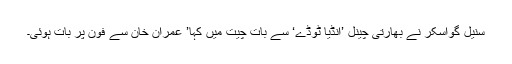
سنیل گواسکر نے بھارتی چینل ’انڈیا ٹوڈے‘ سے بات چیت میں کہا’ عمران خان سے فون پر بات ہوئی۔